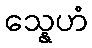
သ္နေဟံ